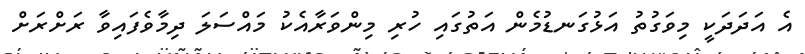
އެ އަދަދަކީ މިވަގުތު އަޅުގަނޑުމެން އަތުގައި ހުރި މިންވަރާއެކު މައްސަލަ ދިމާވެފައިވާ ރަށްރަށް